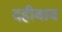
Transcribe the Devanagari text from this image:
दहीबाव